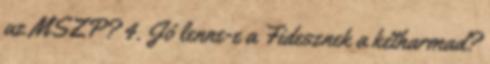
az MSZP? 4. Jó lenne-e a Fidesznek a kétharmad?